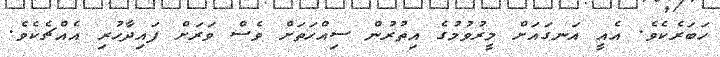
ހަބަރެކެވެ. އެއީ އަނގައަށް މީރުވުމުގެ އިތުރުން ސިއްހަތަށް ވެސް ވަރަށް ފައިދާހުރި އެއްޗެކެވެ.